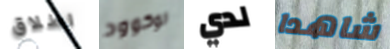
اطلاق لوكوود لدي شاهدا